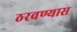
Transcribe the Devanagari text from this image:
ठरवण्यास